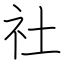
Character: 社